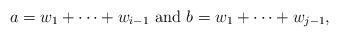
\begin{align*}a = w_1+\cdots + w_{i-1} \mbox{ and } b = w_1+\cdots + w_{j-1},\end{align*}